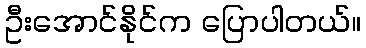
ဦးအောင်နိုင်က ပြောပါတယ်။